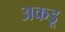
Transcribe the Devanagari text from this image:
अकडू